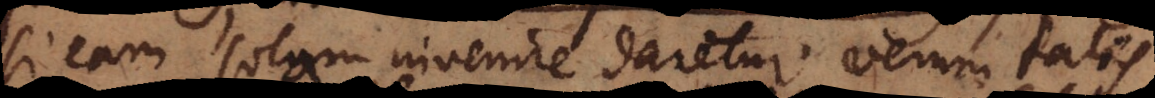
si eam solam invenire daretur. Verum talis